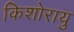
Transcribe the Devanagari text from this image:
किशोरायु